Document type: Sale
Year: 1461
Scribe: [Unknown]
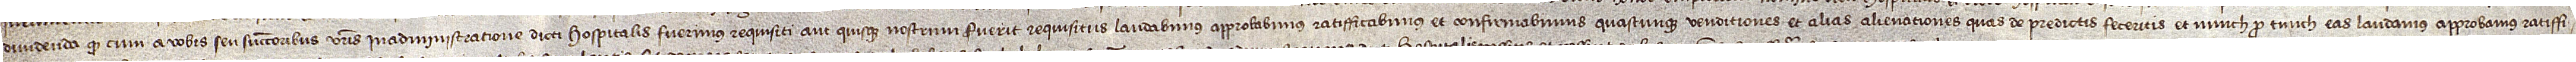
dividenda quod cum a vobis seu successoribus vestris in administratione dicti hospitalis fuerimus requisiti aut quisque nostrum fuerit requisitus laudabimus, approbabimus, ratifficabimus et confirmabimus quascunque venditiones et alias alienationes quas de predictis feceritis et nunch pro tunch eas laudamus, approbamus, ratiffi-